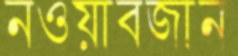
নওয়াবজান